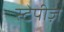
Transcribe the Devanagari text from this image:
स्टेपीज़